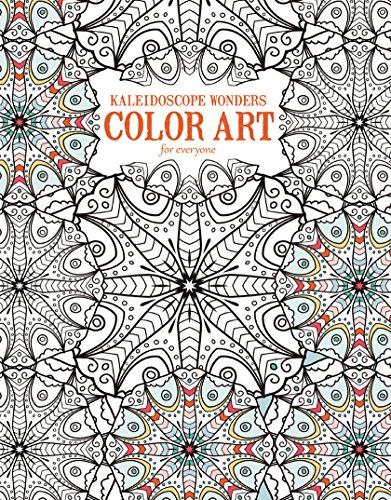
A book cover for Kaleidoscope Wonders | Color Art for Everyone - Leisure Arts (6707); Leisure Arts; Humor & Entertainment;